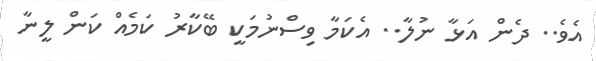
އެވެ.. ދެން އަޅާ ނުލާ.. އެކަމާ ވިސްނުމަކީ ބޭކާރު ކަމެއް ކަން ލީނާ